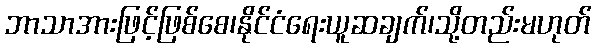
ဘာသာအားဖြင့်ဖြစ်စေ၊နိုင်ငံရေးယူဆချက်၊သို့တည်းမဟုတ်